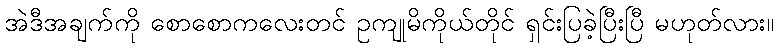
အဲဒီအချက်ကို စောစောကလေးတင် ဥကျုမိကိုယ်တိုင် ရှင်းပြခဲ့ပြီးပြီ မဟုတ်လား။